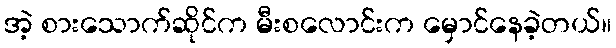
အဲ့ စားသောက်ဆိုင်က မီးစလောင်းက မှောင်နေခဲ့တယ်။